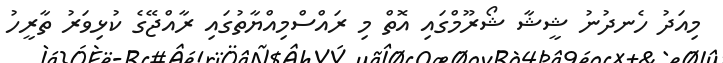
މިއަދު ހެނދުނު ޝީޝާ ޝޯރޫމްގައި އޮތް މި ރައްސްމިއްޔާތުގައި ރާއްޖޭގެ ކުޅިވަރު ތާރީހު